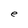
Character: e